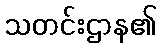
သတင်းဌာန၏